Document type: Sale
Year: 1461
Scribe: [Unknown]
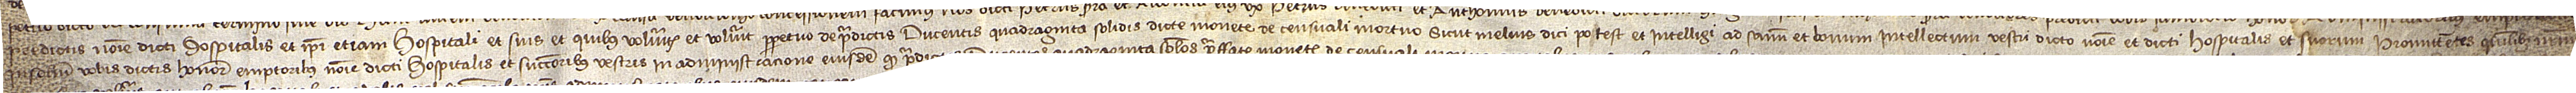
predictis nomine dicti hospitalis, et ipsi etiam hospitali et suis et quibus volueritis et voluerit perpetuo de predictis ducentis quadraginta solidis dicte monete de censuali mortuo, sicut melius dici potest et intelligi ad sanum e bonum intellectum vestri dicto nomine et dicti hospitalis et suorum. Promittentes quilibet nostrum